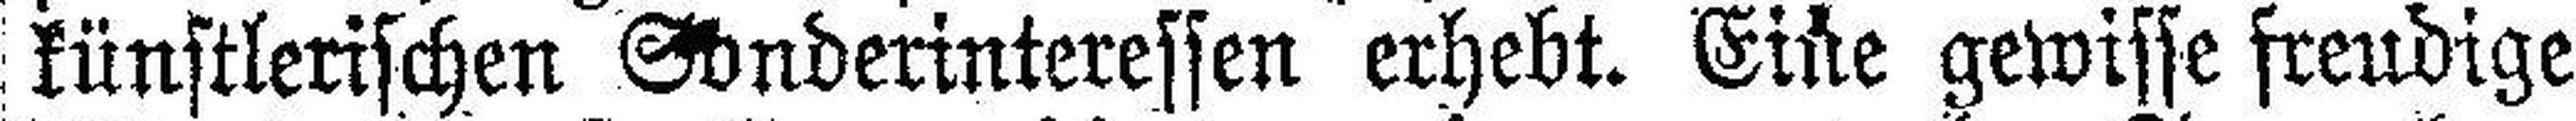
künstlerischen Sonderinteressen erhebt. Eine gewisse freudige